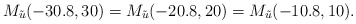
\begin{align*}M_{\tilde{u}}(-30.8,30)=M_{\tilde{u}}(-20.8,20)=M_{\tilde{u}}(-10.8,10).\end{align*}